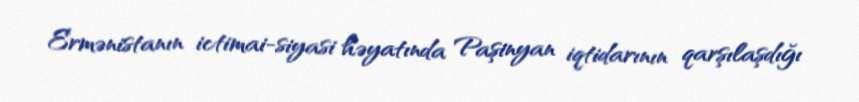
Ermənistanın ictimai-siyasi həyatında Paşinyan iqtidarının qarşılaşdığı